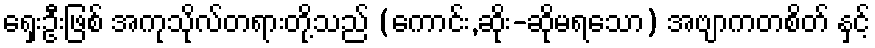
ရှေးဦးဖြစ် အကုသိုလ်တရားတို့သည် (ကောင်း,ဆိုး-ဆိုမရသော) အဗျာကတစိတ် နှင့်